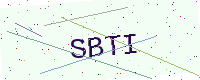
Text: SBTI